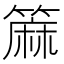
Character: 𫂟